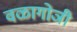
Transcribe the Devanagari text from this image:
वळागोञी